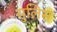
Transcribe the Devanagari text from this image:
सुलिस